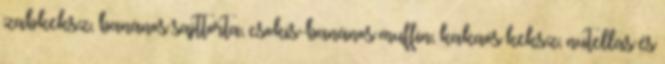
zabkeksz, banános sajttorta, csokis-banános muffin, kakaós keksz, nutellás és